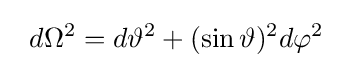
\;\;d\Omega ^{2}=d\vartheta ^{2}+(\sin \vartheta )^{2}d\varphi ^{2}\;\;